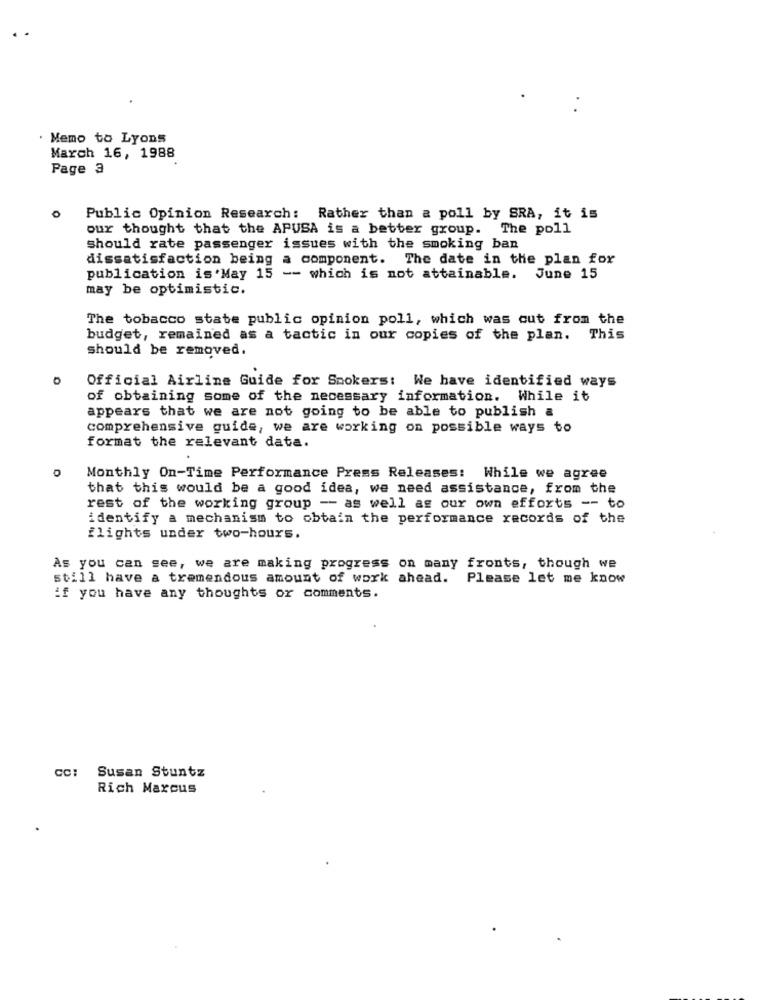
Memo to Lyons
March 16, 1988
Page 3
Public Opinion Research: Rather than a poll by SRA, it is
our thought that the APUSA is a better group. The poll
Should rate passenger issues with the smoking ban
dissatisfaction being a component. The date in the plan for
publication is'May 15 -- which is not attainable. June 15
may be optimistic.
The tobacco state public opinion poll, which was cut from the
budget, remained as a tactic in our copies of the plan. This
should be removed.
Official Airline Guide for Smokers: We have identified ways
of obtaining some of the necessary information. While it
appears that we are not going to be able to publish a
comprehensive guide, we are working on possible ways to
format the relevant data.
0
Monthly On-Time Performance Press Releases: While we agree
that this would be a good idea, we need assistance, from the
rest of the working group -- as well as our own efforts -- to
identify a mechanism to obtain the performance records of the
flights under two-hours.
As you can see, we are making progress on many fronts, though we
still have a tremendous amount of work ahead. Please let me know
if you have any thoughts or comments.
cc: Susan Stuntz
Rich Marcus